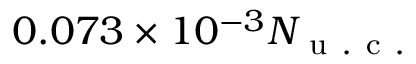
0 . 0 7 3 \times 1 0 ^ { - 3 } N _ { \mathrm { ~ u ~ . ~ c ~ . ~ } }